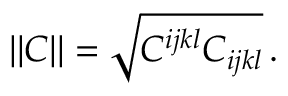
| | C | | = \sqrt { C ^ { i j k l } C _ { i j k l } } \, .